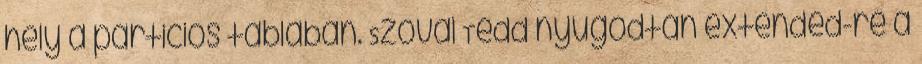
hely a particios tablaban. Szoval Tedd nyugodtan extended-re a